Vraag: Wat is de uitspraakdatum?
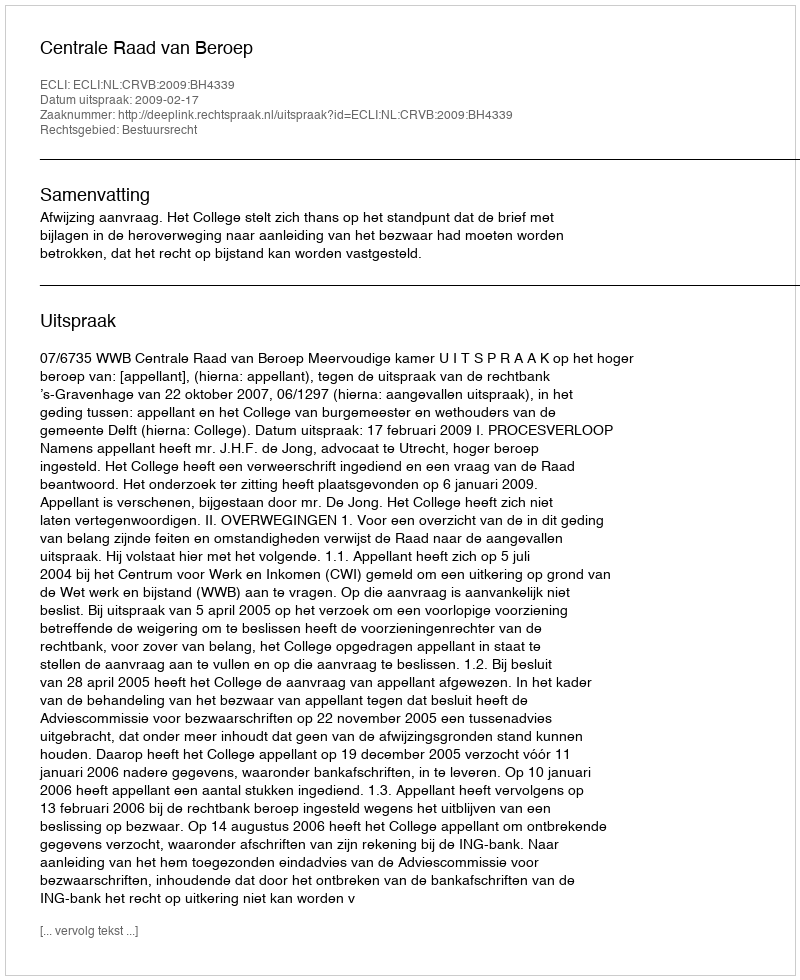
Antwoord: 2009-02-17